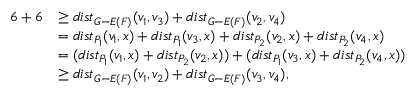
\begin{array} { r l } { 6 + 6 } & { \geq d i s t _ { G - E ( F ) } ( v _ { 1 } , v _ { 3 } ) + d i s t _ { G - E ( F ) } ( v _ { 2 } , v _ { 4 } ) } \\ & { = d i s t _ { P _ { 1 } } ( v _ { 1 } , x ) + d i s t _ { P _ { 1 } } ( v _ { 3 } , x ) + d i s t _ { P _ { 2 } } ( v _ { 2 } , x ) + d i s t _ { P _ { 2 } } ( v _ { 4 } , x ) } \\ & { = ( d i s t _ { P _ { 1 } } ( v _ { 1 } , x ) + d i s t _ { P _ { 2 } } ( v _ { 2 } , x ) ) + ( d i s t _ { P _ { 1 } } ( v _ { 3 } , x ) + d i s t _ { P _ { 2 } } ( v _ { 4 } , x ) ) } \\ & { \geq d i s t _ { G - E ( F ) } ( v _ { 1 } , v _ { 2 } ) + d i s t _ { G - E ( F ) } ( v _ { 3 } , v _ { 4 } ) , } \end{array}